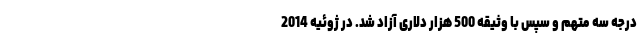
درجه سه متهم و سپس با وثیقه 500 هزار دلاری آزاد شد. در ژوئیه 2014